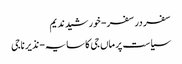
سفر در سفر- خورشید ندیم
سیاست پر ماں جی کا سایہ- نذیر ناجی